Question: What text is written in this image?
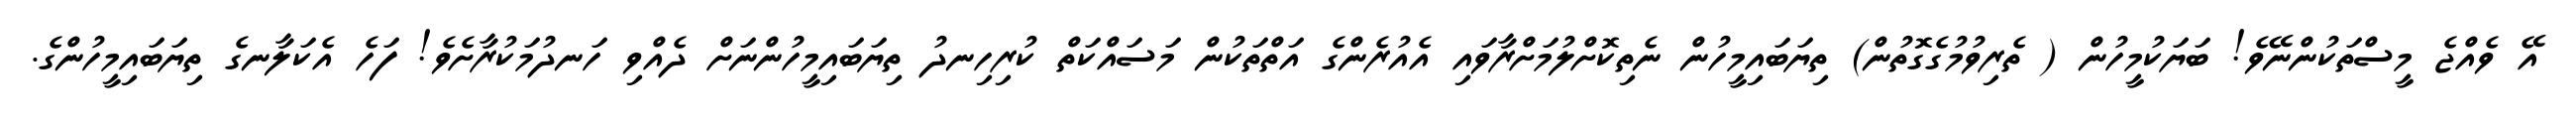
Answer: އޭ ވެއްޖެ މީސްތަކުންނޭވެ! ބަޔަކުމީހުން ( ތެރިވުމުގެގޮތުން) ތިޔަބައިމީހުން ނެތިކޮށްލުމަށްރާވައި އެއުރެންގެ އަތްތަކުން މަސައްކަތް ކުރިހިނދު ތިޔަބައިމީހުންނަށް ދެއްވި ހަނދުމަކުރާށެވެ! ފަހެ އެކަލާނގެ ތިޔަބައިމީހުންގެ.